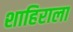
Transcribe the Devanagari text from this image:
शाहिराला